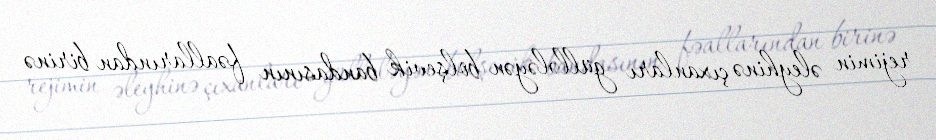
rejimin əleyhinə çıxanları güllələyən bolşevik bandasının fəallarından birinə